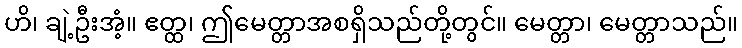
ဟိ၊ ချဲ့ဦးအံ့။ ဧတ္ထ၊ ဤမေတ္တာအစရှိသည်တို့တွင်။ မေတ္တာ၊ မေတ္တာသည်။